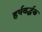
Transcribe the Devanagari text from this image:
हर्षवर्द्धक